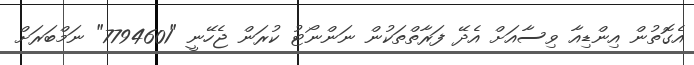
އެގޮތުން އިންޑިއާ ވިސާއަށް އެދޭ ފަރާތްތަކުން ނަންނޯޓު ކުރަން ޖެހޭނީ "7794601" ނަމްބަރަށް